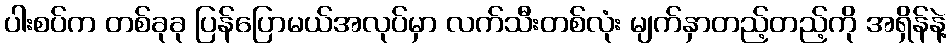
ပါးစပ်က တစ်ခုခု ပြန်ပြောမယ်အလုပ်မှာ လက်သီးတစ်လုံး မျက်နှာတည့်တည့်ကို အရှိန်နဲ့